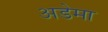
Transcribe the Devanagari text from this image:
अडेमा